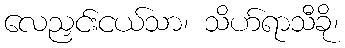
လေညှင်းငယ်သာ၊ သိဟ်ရာသီခို၊